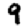
Digit: 9